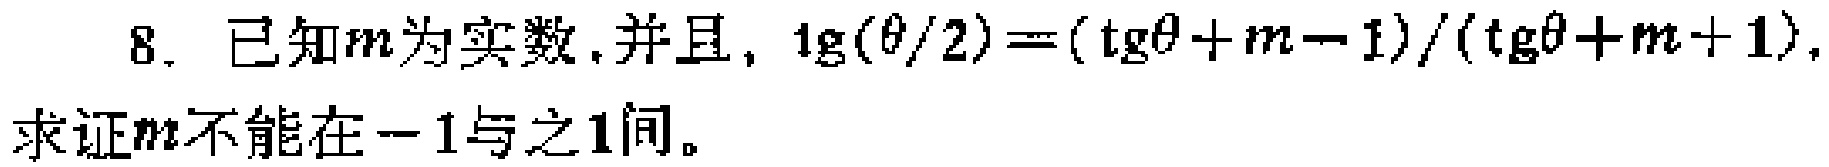
8. 已知\(m\)为实数，并且，\(\mathrm{tg}(\theta/2)=(\mathrm{tg}\theta + m - 1)/(\mathrm{tg}\theta + m + 1)\)，求证\(m\)不能在\(-1\)与\(1\)间。